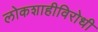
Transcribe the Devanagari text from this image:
लोकशाहीविरोधी